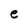
Character: e